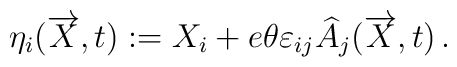
\eta_i (\overrightarrow{X},t):= X_i + e\theta \varepsilon_{ij}  \widehat{A}_j (\overrightarrow{X},t)\, .